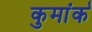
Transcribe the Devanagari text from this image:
कुमांर्क